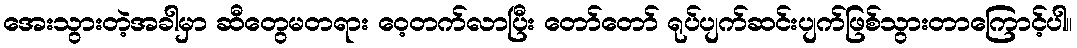
အေးသွားတဲ့အခါမှာ ဆီတွေမတရား ဝေ့တက်လာပြီး တော်တော် ရုပ်ပျက်ဆင်းပျက်ဖြစ်သွားတာကြောင့်ပါ။